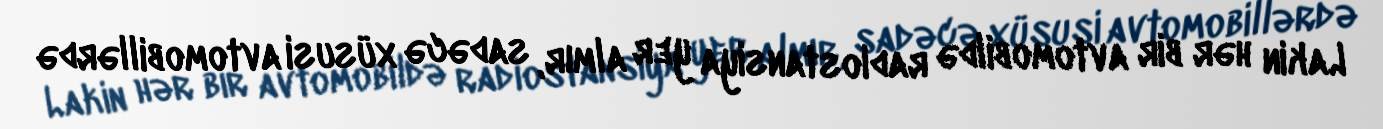
Lakin hər bir avtomobildə radiostansiya yer almır, sadəcə xüsusi avtomobillərdə